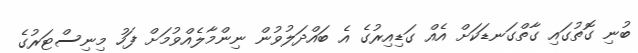
ބުނި ގޮތުގައި ގާތްގަނޑަކަށް އެއް ގަޑިއިރުގެ އެ ބައްދަލުވުން ނިންމާލެއްވުމަށް ފަހު މިނިސްޓަރުގެ